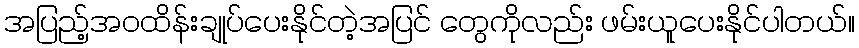
အပြည့်အဝထိန်းချုပ်ပေးနိုင်တဲ့အပြင် တွေကိုလည်း ဖမ်းယူပေးနိုင်ပါတယ်။